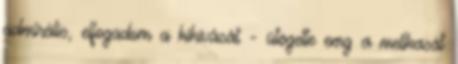
admirális, elfogadom a kihívását - ütögette emg a mellkasát